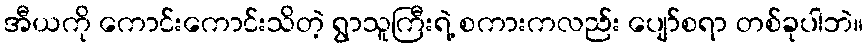
အီယကို ကောင်းကောင်းသိတဲ့ ရွာသူကြီးရဲ့ စကားကလည်း ပျော်စရာ တစ်ခုပါဘဲ။